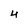
Character: 4